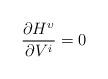
LaTeX: \begin{align*}\frac{\partial H^{\upsilon}}{\partial V^{i}}=0 \end{align*}